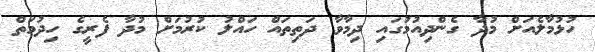
ހުޅުމާލެއަށް މުދާ ގެންދިއުމުގައި ދިމާވާ ދަތިތައް ހައްލު ކުރުމަށް މުދާ ފެރީގެ ހިދުމަތް